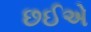
છઈએ